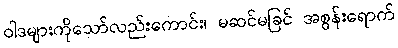
ဝါဒများကိုသော်လည်းကောင်း၊ မဆင်မခြင် အစွန်းရောက်